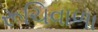
રૂચિવાળા